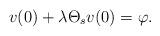
LaTeX: \begin{align*} v(0)+\lambda \Theta_{s}v(0)=\varphi.\end{align*}